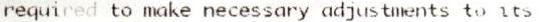
REQUIRED TO MAKE NECESSARY ADJUSTMENTS TO ITS